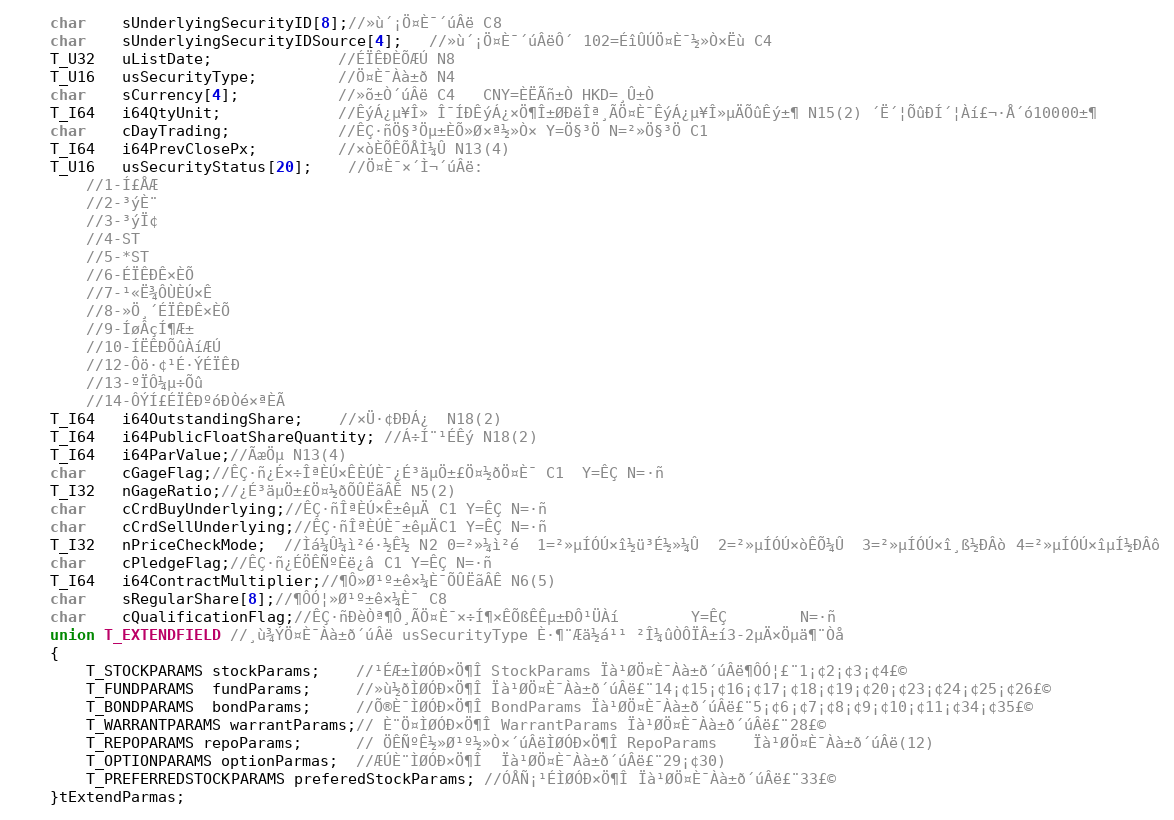
Language: C
	char    sUnderlyingSecurityID[8];//»ù´¡Ö¤È¯´úÂë C8
	char    sUnderlyingSecurityIDSource[4];   //»ù´¡Ö¤È¯´úÂëÔ´ 102=ÉîÛÚÖ¤È¯½»Ò×Ëù C4
	T_U32   uListDate;              //ÉÏÊÐÈÕÆÚ N8
	T_U16   usSecurityType;         //Ö¤È¯Àà±ð N4
    char    sCurrency[4];           //»õ±Ò´úÂë C4   CNY=ÈËÃñ±Ò HKD=¸Û±Ò
	T_I64   i64QtyUnit;             //ÊýÁ¿µ¥Î» Î¯ÍÐÊýÁ¿×Ö¶Î±ØÐëÎª¸ÃÖ¤È¯ÊýÁ¿µ¥Î»µÄÕûÊý±¶ N15(2) ´Ë´¦ÕûÐÍ´¦Àí£¬·Å´ó10000±¶
	char    cDayTrading;            //ÊÇ·ñÖ§³Öµ±ÈÕ»Ø×ª½»Ò× Y=Ö§³Ö N=²»Ö§³Ö C1
	T_I64   i64PrevClosePx;         //×òÈÕÊÕÅÌ¼Û N13(4)
	T_U16   usSecurityStatus[20];    //Ö¤È¯×´Ì¬´úÂë:
	    //1-Í£ÅÆ
		//2-³ýÈ¨
		//3-³ýÏ¢
		//4-ST
		//5-*ST
		//6-ÉÏÊÐÊ×ÈÕ
		//7-¹«Ë¾ÔÙÈÚ×Ê
		//8-»Ö¸´ÉÏÊÐÊ×ÈÕ
		//9-ÍøÂçÍ¶Æ±
		//10-ÍËÊÐÕûÀíÆÚ
		//12-Ôö·¢¹É·ÝÉÏÊÐ
		//13-ºÏÔ¼µ÷Õû
		//14-ÔÝÍ£ÉÏÊÐºóÐ­Òé×ªÈÃ
	T_I64   i64OutstandingShare;    //×Ü·¢ÐÐÁ¿  N18(2)
	T_I64   i64PublicFloatShareQuantity; //Á÷Í¨¹ÉÊý N18(2)
	T_I64   i64ParValue;//ÃæÖµ N13(4)
	char    cGageFlag;//ÊÇ·ñ¿É×÷ÎªÈÚ×ÊÈÚÈ¯¿É³äµÖ±£Ö¤½ðÖ¤È¯ C1  Y=ÊÇ N=·ñ
	T_I32   nGageRatio;//¿É³äµÖ±£Ö¤½ðÕÛËãÂÊ N5(2)
	char    cCrdBuyUnderlying;//ÊÇ·ñÎªÈÚ×Ê±êµÄ C1 Y=ÊÇ N=·ñ
	char    cCrdSellUnderlying;//ÊÇ·ñÎªÈÚÈ¯±êµÄC1 Y=ÊÇ N=·ñ
	T_I32   nPriceCheckMode;  //Ìá¼Û¼ì²é·½Ê½ N2 0=²»¼ì²é 	1=²»µÍÓÚ×î½ü³É½»¼Û 	2=²»µÍÓÚ×òÊÕ¼Û 	3=²»µÍÓÚ×î¸ß½ÐÂò 4=²»µÍÓÚ×îµÍ½ÐÂô
	char    cPledgeFlag;//ÊÇ·ñ¿ÉÖÊÑºÈë¿â C1 Y=ÊÇ N=·ñ
	T_I64   i64ContractMultiplier;//¶Ô»Ø¹º±ê×¼È¯ÕÛËãÂÊ N6(5)
	char    sRegularShare[8];//¶ÔÓ¦»Ø¹º±ê×¼È¯ C8
	char    cQualificationFlag;//ÊÇ·ñÐèÒª¶Ô¸ÃÖ¤È¯×÷Í¶×ÊÕßÊÊµ±ÐÔ¹ÜÀí		Y=ÊÇ 		N=·ñ
	union T_EXTENDFIELD //¸ù¾ÝÖ¤È¯Àà±ð´úÂë usSecurityType È·¶¨Æä½á¹¹ ²Î¼ûÒÔÏÂ±í3-2µÄ×Öµä¶¨Òå
	{
		T_STOCKPARAMS stockParams;    //¹ÉÆ±ÌØÓÐ×Ö¶Î StockParams Ïà¹ØÖ¤È¯Àà±ð´úÂë¶ÔÓ¦£¨1¡¢2¡¢3¡¢4£©
		T_FUNDPARAMS  fundParams;     //»ù½ðÌØÓÐ×Ö¶Î Ïà¹ØÖ¤È¯Àà±ð´úÂë£¨14¡¢15¡¢16¡¢17¡¢18¡¢19¡¢20¡¢23¡¢24¡¢25¡¢26£©
		T_BONDPARAMS  bondParams;     //Õ®È¯ÌØÓÐ×Ö¶Î BondParams Ïà¹ØÖ¤È¯Àà±ð´úÂë£¨5¡¢6¡¢7¡¢8¡¢9¡¢10¡¢11¡¢34¡¢35£©
		T_WARRANTPARAMS warrantParams;// È¨Ö¤ÌØÓÐ×Ö¶Î WarrantParams Ïà¹ØÖ¤È¯Àà±ð´úÂë£¨28£©
		T_REPOPARAMS repoParams;      // ÖÊÑºÊ½»Ø¹º½»Ò×´úÂëÌØÓÐ×Ö¶Î RepoParams 	Ïà¹ØÖ¤È¯Àà±ð´úÂë(12)
		T_OPTIONPARAMS optionParmas;  //ÆÚÈ¨ÌØÓÐ×Ö¶Î  Ïà¹ØÖ¤È¯Àà±ð´úÂë£¨29¡¢30)
		T_PREFERREDSTOCKPARAMS preferedStockParams; //ÓÅÑ¡¹ÉÌØÓÐ×Ö¶Î Ïà¹ØÖ¤È¯Àà±ð´úÂë£¨33£©
	}tExtendParmas;